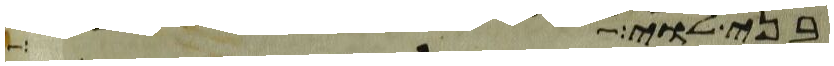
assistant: בני לוי